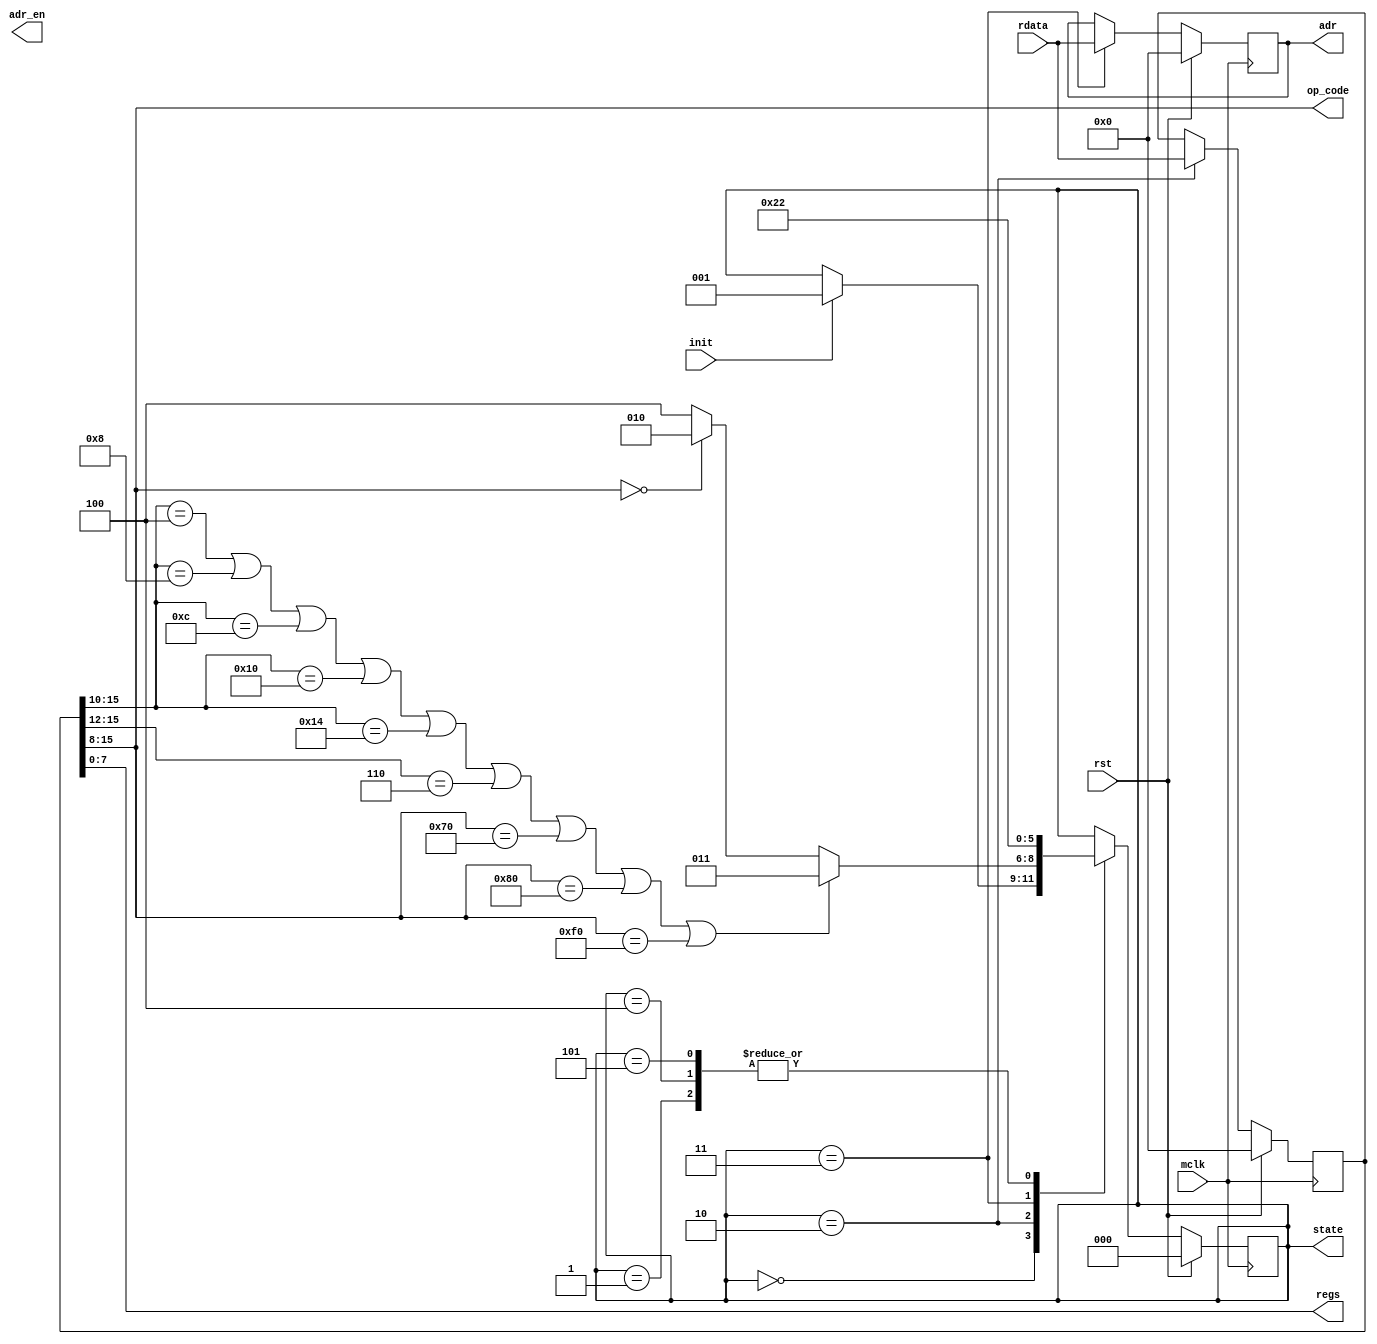
module Comet_II_core_FSM (
    input mclk,
    input init,
    input rst,
    
    //RAM Read DATA Bus 
    input [15:0] rdata,

    //Readed Instruction Code output
    output [7:0] op_code,
    output [7:0] regs,
    output [15:0] adr,

    output adr_en,

    //state output(CPU Stage)
    output [2:0] state
);

    //localparam 
 
    // OP code of two words instruments
    localparam NOP = 8'b0000_0000;
    localparam OP1 = 8'b0001_00xx;
    localparam OP2 = 8'b0010_00xx;
    localparam OP3 = 8'b0011_00xx;
    localparam OP4 = 8'b0100_00xx;
    localparam OP5 = 8'b0101_00xx;
    localparam OP6 = 8'b0110_xxxx;
    localparam OP7 = 8'b0111_0000;
    localparam OP8 = 8'b1000_0000;
    localparam OPF = 8'b1111_0000;

    //state(stage) definition

    localparam  IDLE  = 3'b000;   // IDLE state (waiting for init signal) (POR satate)
    localparam  INIT  = 3'b001;   // Initialization State ()
    localparam  IFET1 = 3'b010;   // First Word Instruciton Cycle (Read OP code and GR Number)
    localparam  IFET2 = 3'b011;   // Secound Word Instruction Fetch Cycle (Read adr data)
    localparam  EXEC  = 3'b100;   // Execute Cycle
    localparam  WBACK = 3'b101;   // Write back cycle not to be used 


    // regs and output
    reg [15:0] IR1    = 16'h0000;
    reg [15:0] IR2    = 16'h0000;
    reg addr_enable   =  1'b0;

    wire [7:0]  op_code = IR1[15: 8];
    wire [7:0]  regs    = IR1[ 7: 0];
    wire [15:0] adr    = IR2;


    ///////  FSM  //////////////////////////////////////////////////////////////////////

    reg [2:0] state = IDLE;
    reg [2:0] state_next = IDLE; 

    //Next state definition
    always @(*)begin
        state_next = state;
        if(rst) state_next = IDLE;
        case(state)
            IDLE   : if(init) state_next = INIT;
            INIT   : state_next = IFET1;
            IFET1  :
                begin
                    //set next_state to IFET2 on two words instruction
                    if(op_code[7:2] == 6'b0001_00 | op_code[7:2]  == 6'b0010_00  | op_code[7:2]  == 6'b0011_00 |
                       op_code[7:2]  == 6'b0100_00 | op_code[7:2]  == 6'b0101_00 | op_code[7:4]  == 4'b0110 |
                       op_code == OP7 | op_code == OP8 | op_code == OPF   ) state_next = IFET2;
                    //set next_state to IFET1 on NOP 
                    else if(op_code == NOP)state_next = IFET1;
                    //Set next_state to EXEC 1 word instrucion exlcude NOP
                    else state_next = EXEC;
                end
            IFET2  : state_next = EXEC;
            EXEC   : state_next = IFET1;
            WBACK  : state_next = IFET1; // No To be Used
            default: state_next = state;
        endcase
    end

    always @(posedge mclk)begin
        if(rst) begin
            state  <=  IDLE;


        end else begin
            state <= state_next;            
        end
    end


    //instruction fetch cycle  (Sync Positive edge of Master clock)
    always @(negedge mclk)begin
        if(rst) begin
            IR1    <= 16'h0000;
            IR2    <= 16'h0000;

            addr_enable <= 1'b0;
        end else begin        
            case(state)
                IDLE   : ;
                INIT   : ;
                IFET1  : 
                    begin
                        IR1 <= rdata;
                        addr_enable <= 1'b0;
                    end
                IFET2  :
                    begin 
                        IR2 <= rdata;
                        addr_enable <= 1'b1;
                    end
                EXEC   : ;
                WBACK  : ;   
            endcase
        end
    end

    ////////////////////////////////////////////////////////////////////////////////////

endmodule